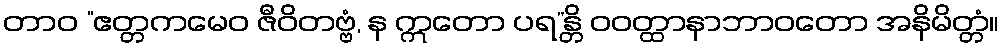
တာဝ “ဧတ္တကမေဝ ဇီဝိတဗ္ဗံ, န ဣတော ပရ”န္တိ ဝဝတ္ထာနာဘာဝတော အနိမိတ္တံ။